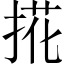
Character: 𢯘